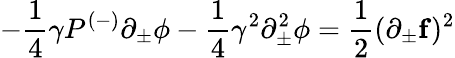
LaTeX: -\frac{1}{4}\gamma P^{(-)}\partial_{\pm}\phi-\frac{1}{4}\gamma^{2}\partial_{\pm}^{2}\phi=\frac{1}{2}(\partial_{\pm}{\mathbf f})^{2}